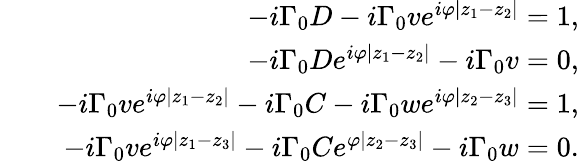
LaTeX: \begin{array}{rlr}&{}&{-i\Gamma_{0}D-i\Gamma_{0}ve^{i\varphi|z_{1}-z_{2}|}=1,}\\ &{}&{-i\Gamma_{0}De^{i\varphi|z_{1}-z_{2}|}-i\Gamma_{0}v=0,}\\ &{}&{-i\Gamma_{0}ve^{i\varphi|z_{1}-z_{2}|}-i\Gamma_{0}C-i\Gamma_{0}we^{i\varphi|z_{2}-z_{3}|}=1,}\\ &{}&{-i\Gamma_{0}ve^{i\varphi|z_{1}-z_{3}|}-i\Gamma_{0}Ce^{\varphi|z_{2}-z_{3}|}-i\Gamma_{0}w=0.}\end{array}